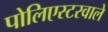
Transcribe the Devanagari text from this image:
पोलिएस्टरवाले